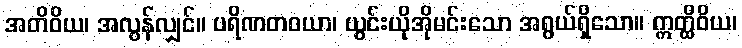
အတိဝိယ၊ အလွန်လျှင်။ ပရိဏတဝယာ၊ ယွင်းယိုအိုမင်းသော အရွယ်ရှိသော။ ဣတ္ထီဝိယ၊